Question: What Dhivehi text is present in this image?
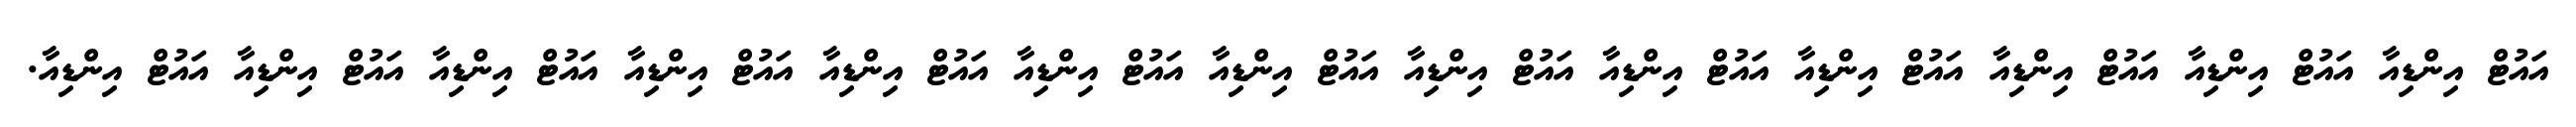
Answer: އައުޓް އިންޑިއާ އައުޓް އިންޑިއާ އައުޓް އިންޑިއާ އައުޓް އިންޑިއާ އައުޓް އިންޑިއާ އައުޓް އިންޑިއާ އައުޓް އިންޑިއާ އައުޓް އިންޑިއާ އައުޓް އިންޑިއާ އައުޓް އިންޑިއާ އައުޓް އިންޑިއާ އައުޓް އިންޑިއާ އައުޓް އިންޑިއާ.